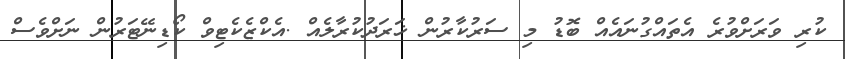
ކުރި ވަރަށްވުރެ އެތައްގުނައެއް ބޮޑު މި ސަރުކާރުން ޚަރަދުކުރާލެއް .އެކްޒެކެޓިވް ކޯޑިނޭޓަރުން ނަށްވެސް